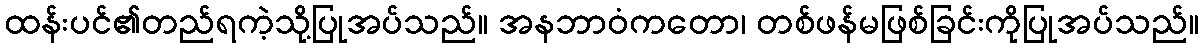
ထန်းပင်၏တည်ရကဲ့သို့ပြုအပ်သည်။ အနဘာဝံကတော၊ တစ်ဖန်မဖြစ်ခြင်းကိုပြုအပ်သည်။